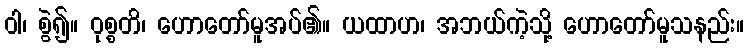
ဝါ၊ စွဲ၍။ ဝုစ္စတိ၊ ဟောတော်မူအပ်၏။ ယထာဟ၊ အဘယ်ကဲ့သို့ ဟောတော်မူသနည်း။